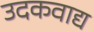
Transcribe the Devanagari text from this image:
उदकवाद्य